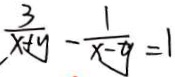
\frac { 3 } { x + y } - \frac { 1 } { x - y } = 1